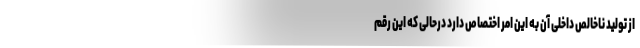
از تولید ناخالص داخلی آن به این امر اختصاص دارد درحالی که این رقم